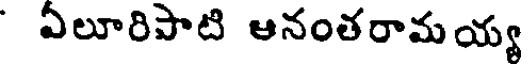
ఏలూరిపాటి ఆనంతరామయ్య